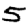
Digit: 5